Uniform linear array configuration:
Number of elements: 48
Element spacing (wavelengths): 1
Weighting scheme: hamming
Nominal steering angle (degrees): -15
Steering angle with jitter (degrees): -15.094
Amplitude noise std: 0.05
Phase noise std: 0.05

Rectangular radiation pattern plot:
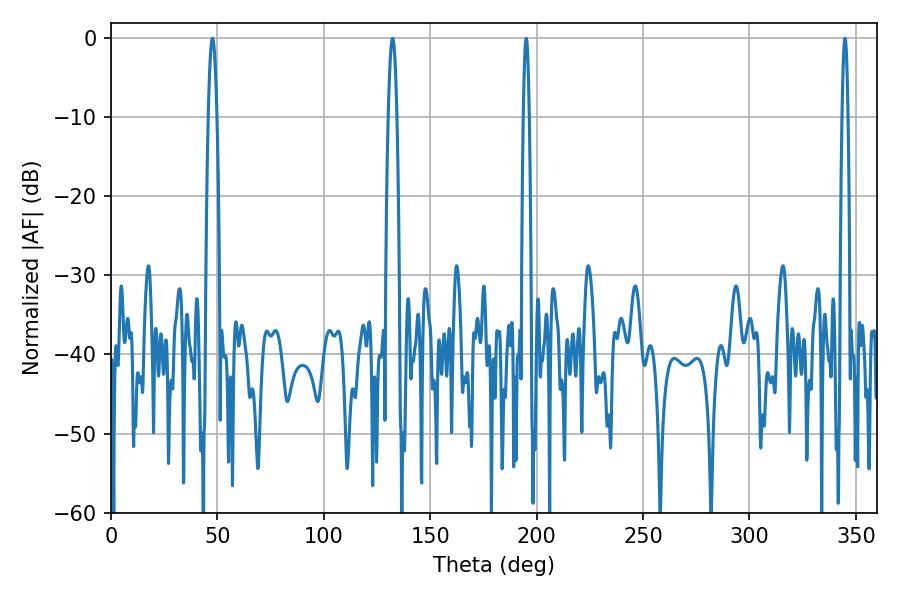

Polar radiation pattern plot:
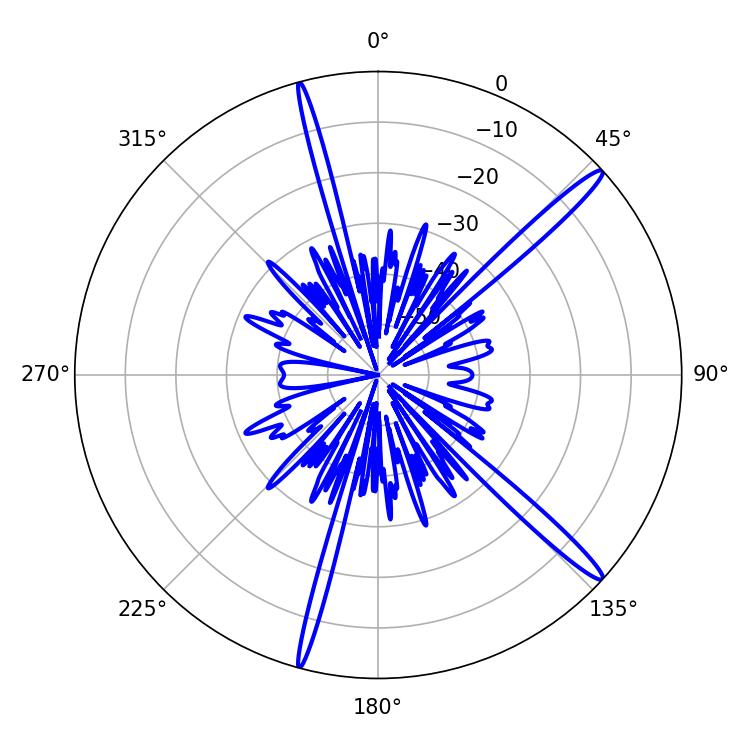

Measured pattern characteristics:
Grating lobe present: TRUE
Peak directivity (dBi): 16.236
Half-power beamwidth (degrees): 2.16
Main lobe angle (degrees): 47.7